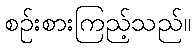
စဉ်းစားကြည့်သည်။